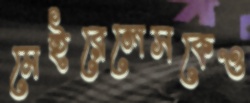
মেইরেলেসকেও